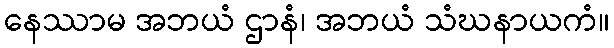
နေဿာမ အဘယံ ဌာနံ၊ အဘယံ သံဃနာယကံ။